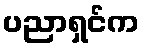
ပညာရှင်က